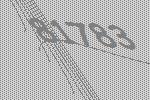
81783